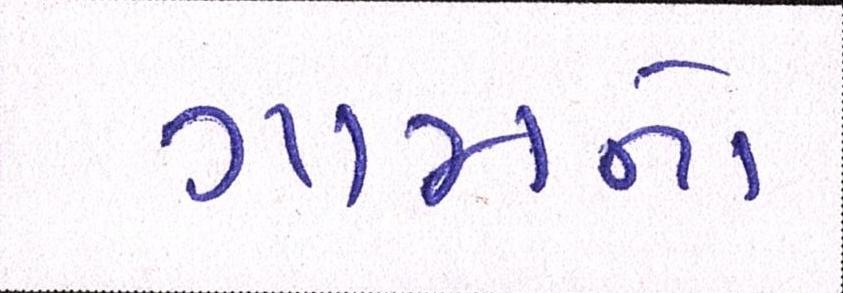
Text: ગામનો